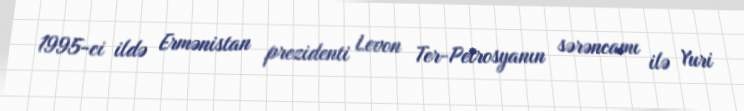
1995-ci ildə Ermənistan prezidenti Levon Ter-Petrosyanın sərəncamı ilə Yuri